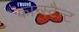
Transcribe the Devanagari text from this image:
कान्स्टैन्ट